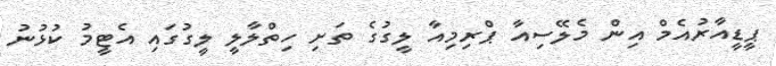
ޕީޑީއާރުއެމް އިން މެލޭސިއާ ޕްރިމިއާ ލީގުގެ ތަށި ހިތްލާލީ ލީގުގައި އެޓީމު ކުޅުނު